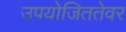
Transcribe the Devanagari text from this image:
उपयोजिततेवर